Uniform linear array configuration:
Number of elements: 24
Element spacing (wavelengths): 0.5
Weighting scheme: exponential
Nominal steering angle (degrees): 15
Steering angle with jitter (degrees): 15.185
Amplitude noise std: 0.05
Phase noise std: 0.05

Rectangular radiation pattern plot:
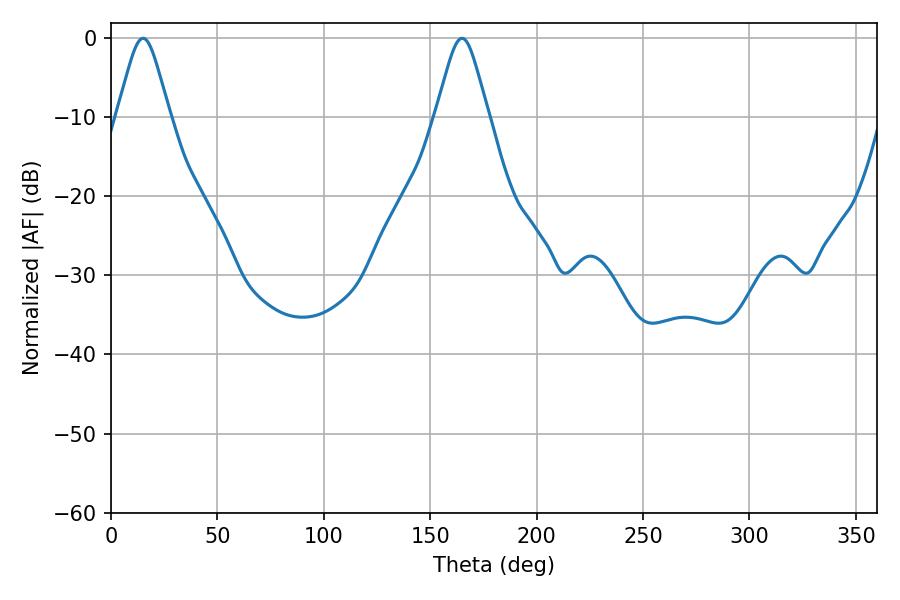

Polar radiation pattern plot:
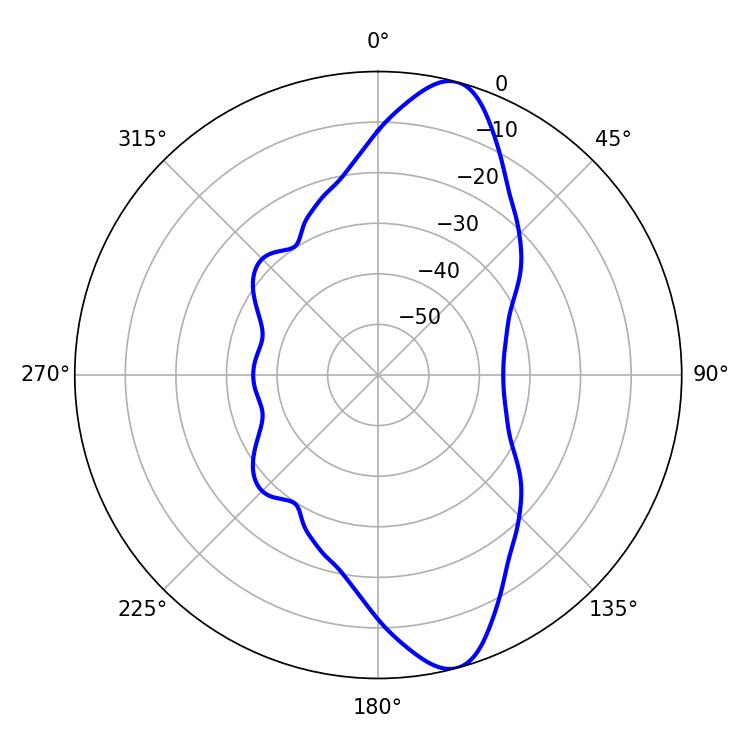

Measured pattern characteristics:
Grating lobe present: FALSE
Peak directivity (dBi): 11.83
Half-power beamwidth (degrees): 11.88
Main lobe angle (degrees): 15.12